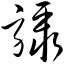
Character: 骤